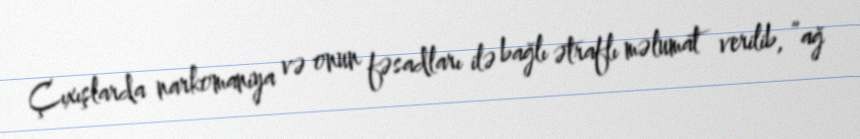
Çıxışlarda narkomaniya və onun fəsadları ilə bağlı ətraflı məlumat verilib, “ağ